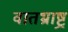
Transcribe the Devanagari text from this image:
वातभ्राष्ट्र